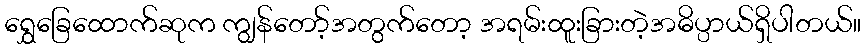
ရွှေခြေထောက်ဆုက ကျွန်တော့်အတွက်တော့ အရမ်းထူးခြားတဲ့အဓိပ္ပာယ်ရှိပါတယ်။